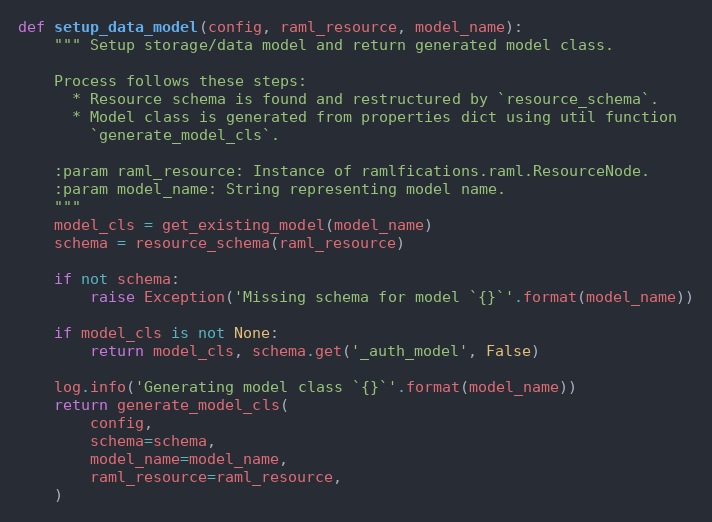
Language: Python
def setup_data_model(config, raml_resource, model_name):
    """ Setup storage/data model and return generated model class.

    Process follows these steps:
      * Resource schema is found and restructured by `resource_schema`.
      * Model class is generated from properties dict using util function
        `generate_model_cls`.

    :param raml_resource: Instance of ramlfications.raml.ResourceNode.
    :param model_name: String representing model name.
    """
    model_cls = get_existing_model(model_name)
    schema = resource_schema(raml_resource)

    if not schema:
        raise Exception('Missing schema for model `{}`'.format(model_name))

    if model_cls is not None:
        return model_cls, schema.get('_auth_model', False)

    log.info('Generating model class `{}`'.format(model_name))
    return generate_model_cls(
        config,
        schema=schema,
        model_name=model_name,
        raml_resource=raml_resource,
    )